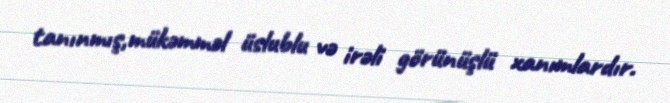
tanınmış,mükəmməl üslublu və irəli görünüşlü xanımlardır.